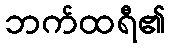
ဘက်ထရီ၏